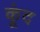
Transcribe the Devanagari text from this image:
कूंद